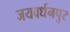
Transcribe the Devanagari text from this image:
जयवर्धनपुर